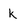
Character: k